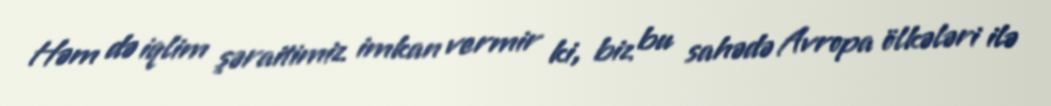
Həm də iqlim şəraitimiz imkan vermir ki, biz bu sahədə Avropa ölkələri ilə